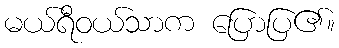
မယ်ရီဝယ်သာက ပြောပြ၏။